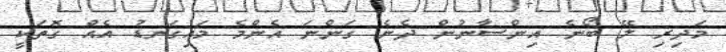
މަދިރި ލޭ ބޯނެ އިންސާނުން ދެނެ ގަންނަ އެންމެ މައިގަނޑު އެއް ގޮތަކީ